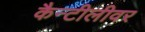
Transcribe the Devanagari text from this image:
कैन्टीलीवर